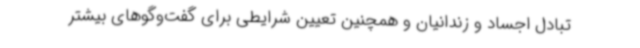
تبادل اجساد و زندانیان و همچنین تعیین شرایطی برای گفت‌وگوهای بیشتر